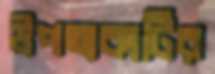
উপত্যকাটির